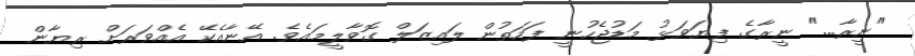
"ނީރާ..." ނީރާގެ ފިޔަވަޅު މަޑުޖެހުނީ ފަހަތުން ލައިޒަލް ގޮވާލީމައެވެ. އޭނާއެކޭ އެއްވަރަށް ރިޔާން